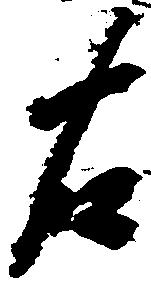
右